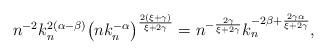
LaTeX: \begin{align*}n^{-2}k_n^{2(\alpha-\beta)}\bigl(nk_n^{-\alpha}\bigr)^{\frac{2(\xi+\gamma)}{\xi+2\gamma}} = n^{-\frac{2\gamma}{\xi+2\gamma}} k_n^{-2\beta + \frac{2\gamma\alpha}{\xi+2\gamma}},\end{align*}